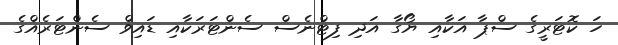
ހަ ކޮޓަރީގެ ސްޕާ އަކާއި ޔޯގާ އަދި ފިޓްނެސް ސެންޓަރަކާއި ޑައިވް ސެންޓަރެއްގެ